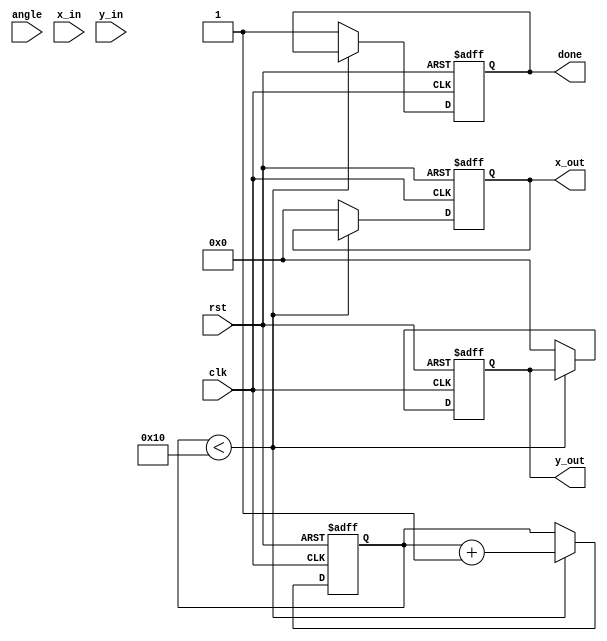
module cordic (
    input wire clk,
    input wire rst,
    input wire [15:0] angle, // Fixed-point representation of angle
    input wire [15:0] x_in,   // Initial x vector
    input wire [15:0] y_in,   // Initial y vector
    output reg [15:0] x_out,  // Resultant x vector
    output reg [15:0] y_out,  // Resultant y vector
    output reg done           // Operation completion flag
);

    // Parameters
    parameter NUM_ITERATIONS = 16; // Number of CORDIC iterations
    parameter LUT_SIZE = 16;        // Size of the LUT

    // LUT for arctangent values (pre-computed)
    reg [15:0] atan_lut[LUT_SIZE-1:0];
    initial begin
        // Pre-computed atan values (in fixed-point)
        atan_lut[0] = 16'h2000; // atan(0) = 0.0
        atan_lut[1] = 16'h199A; // atan(1/2) = 0.4636
        atan_lut[2] = 16'h1333; // atan(1/4) = 0.2449
        atan_lut[3] = 16'h0CCC; // atan(1/8) = 0.1244
        // Add more values as needed
        // ...
    end

    // Internal registers
    reg [15:0] x, y;
    reg [15:0] angle_accum;
    reg [3:0] iteration;
    reg [15:0] scaling_factor;

    // Scaling factor for CORDIC
    initial begin
        scaling_factor = 16'h1B74; // Example scaling factor (1/sqrt(2))
    end

    // State machine for CORDIC operation
    always @(posedge clk or posedge rst) begin
        if (rst) begin
            x <= x_in;
            y <= y_in;
            angle_accum <= angle;
            iteration <= 0;
            done <= 0;
            x_out <= 0;
            y_out <= 0;
        end else if (iteration < NUM_ITERATIONS) begin
            // Determine direction of rotation
            if (angle_accum >= 0) begin
                // Clockwise rotation
                x <= x - (y >>> iteration);
                y <= y + (x >>> iteration);
                angle_accum <= angle_accum - atan_lut[iteration];
            end else begin
                // Counterclockwise rotation
                x <= x + (y >>> iteration);
                y <= y - (x >>> iteration);
                angle_accum <= angle_accum + atan_lut[iteration];
            end
            iteration <= iteration + 1;
        end else begin
            // Apply scaling factor and output results
            x_out <= (x * scaling_factor) >>> 16; // Adjust for fixed-point
            y_out <= (y * scaling_factor) >>> 16; // Adjust for fixed-point
            done <= 1;
        end
    end
endmodule